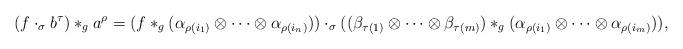
LaTeX: \begin{align*}(f \cdot_\sigma b^\tau)\ast_g a^\rho = (f \ast_g (\alpha_{\rho(i_1)} \otimes \cdots \otimes \alpha_{\rho(i_n)})) \cdot_\sigma ((\beta_{\tau(1)} \otimes \cdots \otimes \beta_{\tau(m)}) \ast_g (\alpha_{\rho(i_1)} \otimes \cdots \otimes \alpha_{\rho(i_m)})),\end{align*}